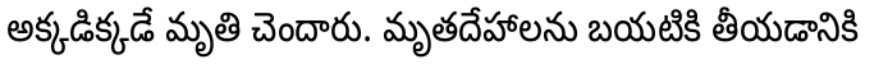
అక్కడిక్కడే మృతి చెందారు. మృతదేహాలను బయటికి తీయడానికి